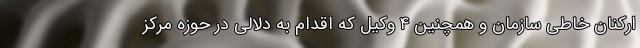
ارکنان خاطی سازمان و همچنین ۴ وکیل که اقدام به دلالی در حوزه مرکز